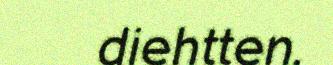
diehtten.